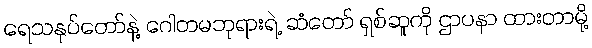
ရေသနုပ်တော်နဲ့ ဂေါတမဘုရားရဲ့ ဆံတော် ရှစ်ဆူကို ဌာပနာ ထားတာမို့